18_6369445_General_1948_Vol_1
Agency: Department of War
Incident date: 6/15/48
Page 4
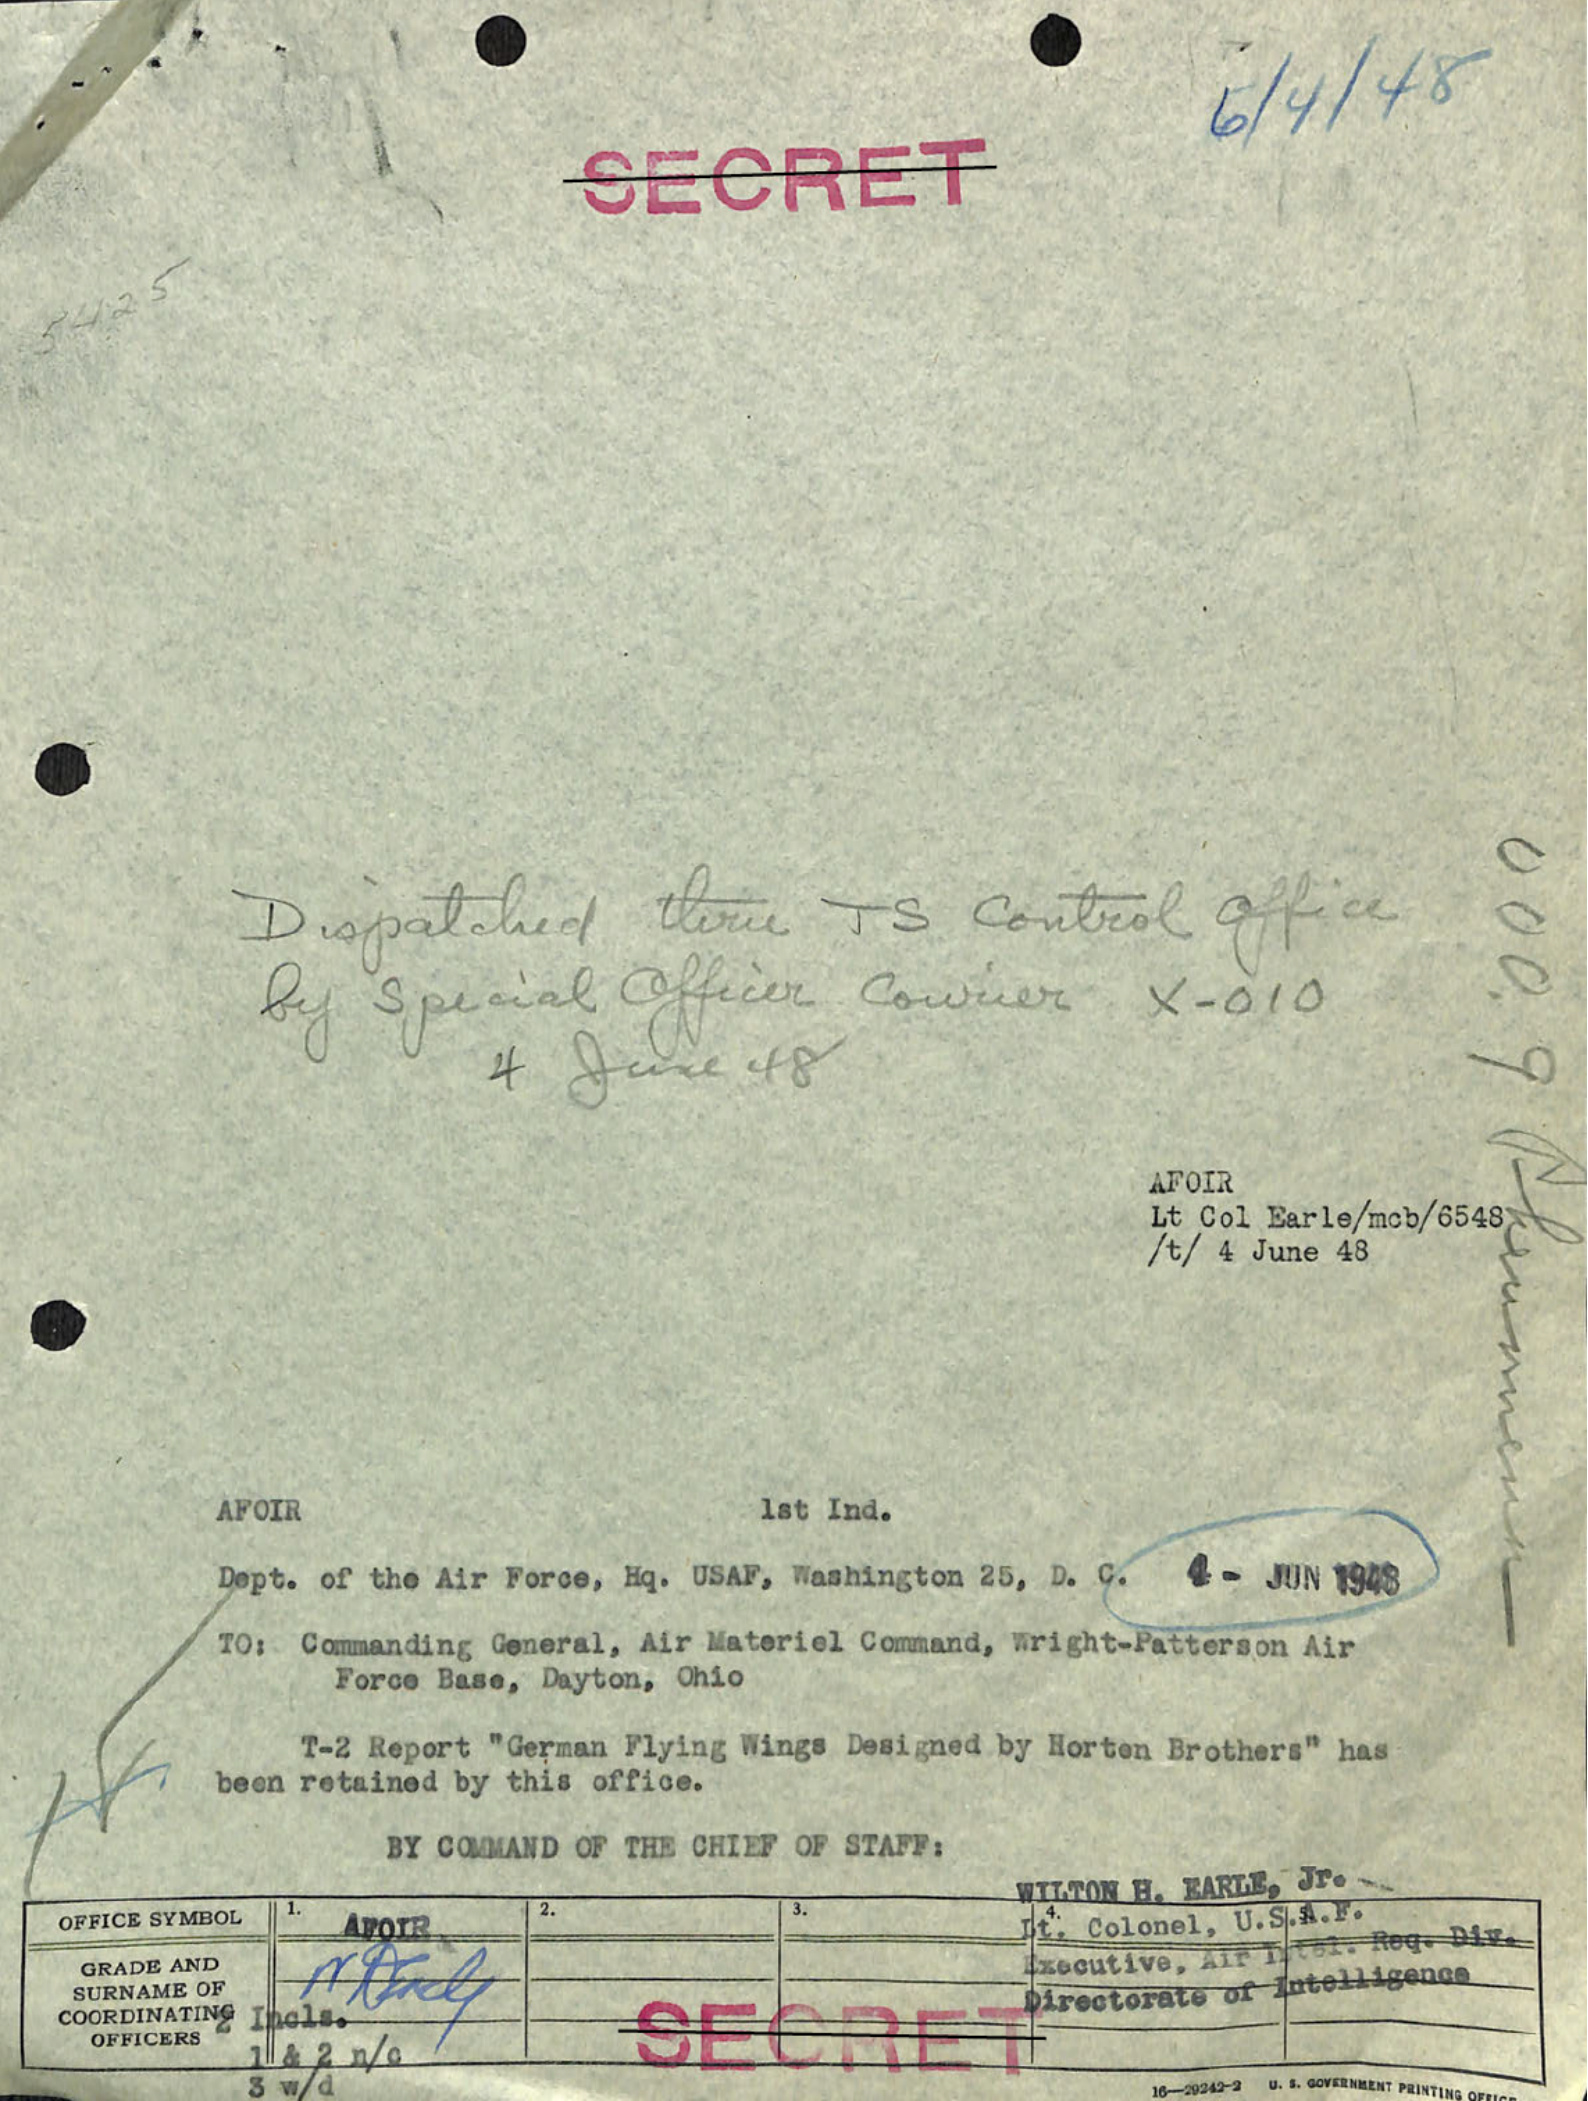